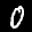
Label: 0